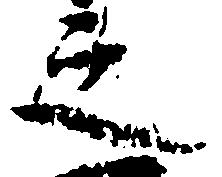
之